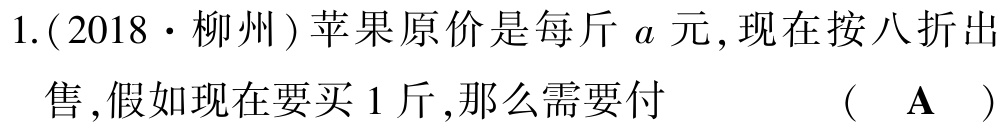
1.(2018·柳州)苹果原价是每斤\(a\)元,现在按八折出售,假如现在要买1斤,那么需要付  (  \(\mathbf{A}\)  )